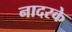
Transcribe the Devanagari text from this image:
नादरके